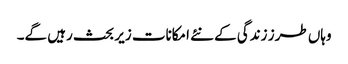
وہاں طرز زندگی کے نئے امکانات زیر بحث رہیں گے۔